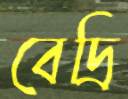
বেদ্রি